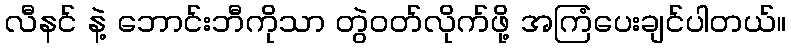
လီနင် နဲ့ ဘောင်းဘီကိုသာ တွဲဝတ်လိုက်ဖို့ အကြံပေးချင်ပါတယ်။